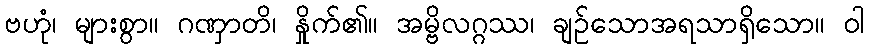
ဗဟုံ၊ များစွာ။ ဂဏှာတိ၊ နှိုက်၏။ အမ္ဗိလဂ္ဂဿ၊ ချဉ်သောအရသာရှိသော။ ဝါ